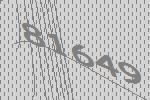
81649